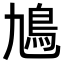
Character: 𩾛